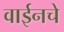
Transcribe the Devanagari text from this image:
वाईनचे